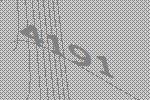
4191